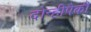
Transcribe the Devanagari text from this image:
दोन्हीपैकी